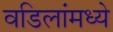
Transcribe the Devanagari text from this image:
वडिलांमध्ये